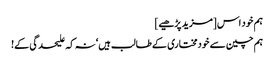
ہم خود اس [مزید پڑھیے]
ہم چین سے خودمختاری کے طالب ہیں‘ نہ کہ علیحدگی کے!